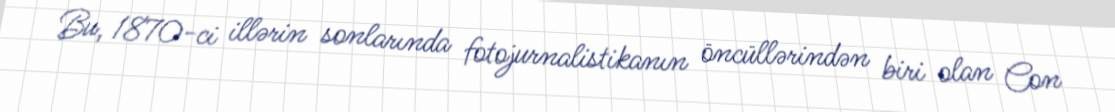
Bu, 1870-ci illərin sonlarında fotojurnalistikanın öncüllərindən biri olan Con